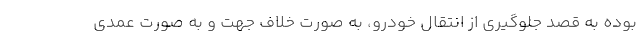
بوده به قصد جلوگیری از انتقال خودرو، به صورت خلاف جهت و به صورت عمدی